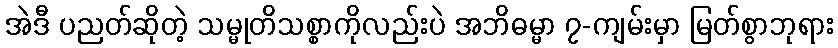
အဲဒီ ပညတ်ဆိုတဲ့ သမ္မုတိသစ္စာကိုလည်းပဲ အဘိဓမ္မာ ၇-ကျမ်းမှာ မြတ်စွာဘုရား